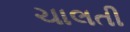
ચાલતી